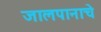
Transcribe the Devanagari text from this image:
जालपानाचे